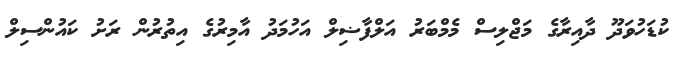
ކުޑަހުވަދޫ ދާއިރާގެ މަޖްލިސް މެމްބަރު އަލްފާޟިލް އަހުމަދު އާމިރުގެ އިތުރުން ރަށު ކައުންސިލް